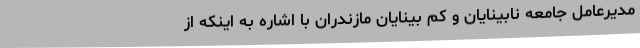
مدیرعامل جامعه نابینایان و کم بینایان مازندران با اشاره به اینکه از